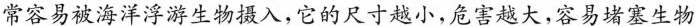
常容易被海洋浮游生物摄入,它的尺寸越小,危害越大,容易堵塞生物